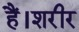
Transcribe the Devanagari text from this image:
हैं।शरीर